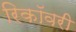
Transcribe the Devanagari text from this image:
रिकॉवरी